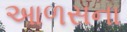
આળસના